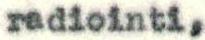
radiointi,